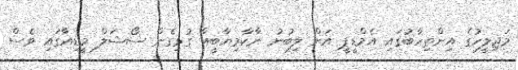
މަޖިލީހުގެ އިންތިހާބުގައި އެމްޑީޕީ އަށް ލިބުނު ނާކާމިޔާބީއާ ގުޅިގެން ސޯޝަލް މީޑިއާގައި ވެސް